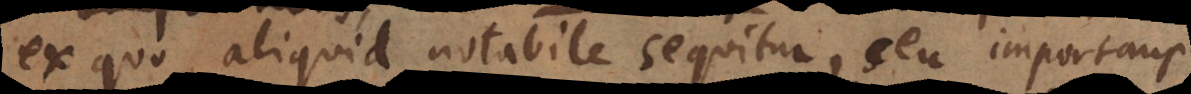
ex quo aliquid notabile sequitur, seu importans